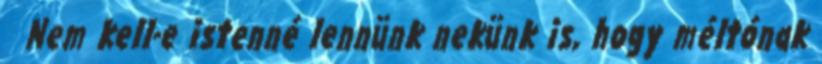
Nem kell-e istenné lennünk nekünk is, hogy méltónak